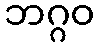
ဘဂ္ဂဝ